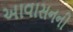
આવાસનની